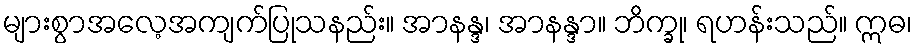
များစွာအလေ့အကျက်ပြုသနည်း။ အာနန္ဒ၊ အာနန္ဒာ။ ဘိက္ခု၊ ရဟန်းသည်။ ဣဓ၊